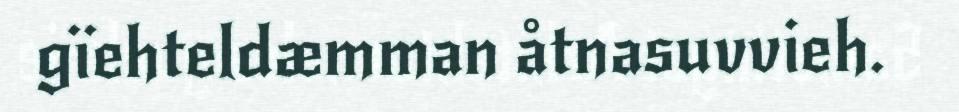
gïehteldæmman åtnasuvvieh.